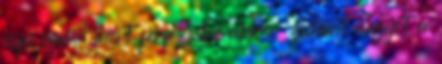
joga van, mert férfi. De akkor zuhant nagyot a